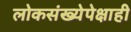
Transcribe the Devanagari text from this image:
लोकसंख्येपेक्षाही